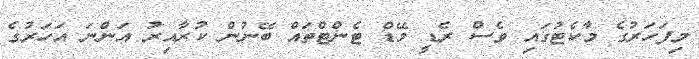
މިފަހަރުގެ މާކެޓުގައި ވެސް ރެޑީ މޭޑް ޓެންޓްތައް ބޭނުން ކުރާއިރު އަންނަ އަހަރުގެ